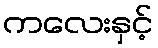
ကလေးနှင့်